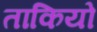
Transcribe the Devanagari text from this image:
ताकियो